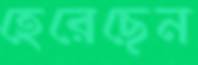
হেরেছেন